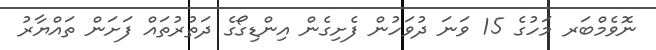
ނޮވެމްބަރ މަހުގެ 15 ވަނަ ދުވަހުން ފެށިގެން އިންޑިގޯގެ ދަތުރުތައް ފަށަން ތައްޔާރު